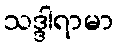
သဒ္ဒါရာမာ